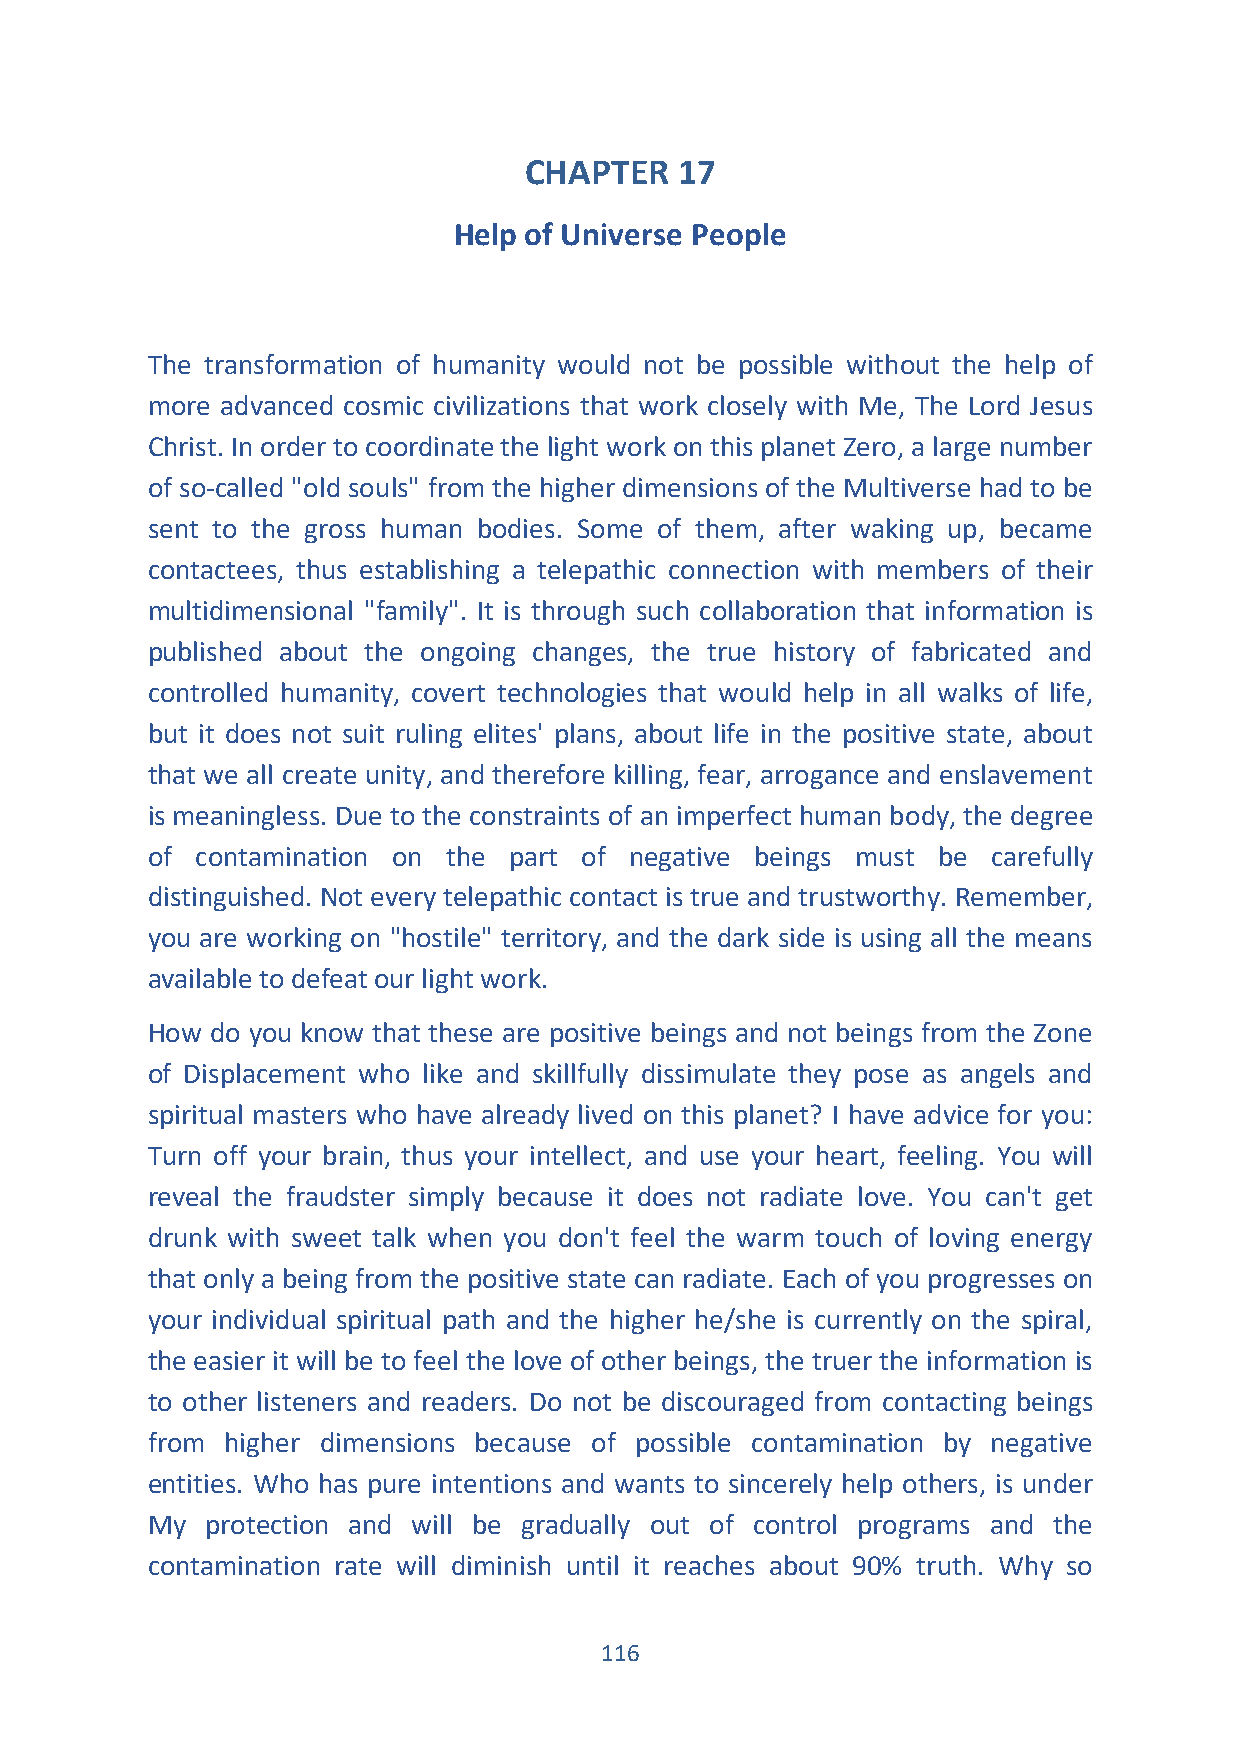
CHAPTER   17
 Help of Universe People
 The transformation of humanity would not be possible without the help of
 more advanced cosmic civilizations that work closely with Me, The Lord Jesus
 Christ. In order to coordinate the light work on this planet Zero, a large number
 of so-called "old souls" from the higher dimensions of the Multiverse had to be
 sent to the gross human bodies. Some of them, after waking up, became
 contactees, thus establishing a telepathic connection with members of their
 multidimensional "family". It is through such collaboration that information is
 published about the ongoing changes, the true history of fabricated and
 controlled humanity, covert technologies that would help in all walks of life,
 but it does not suit ruling elites' plans, about life in the positive state, about
 that we all create unity, and therefore killing, fear, arrogance and enslavement
 is meaningless. Due to the constraints of an imperfect human body, the degree
 of contamination on the part of negative beings must be carefully
 distinguished. Not every telepathic contact is true and trustworthy. Remember,
 you are working on "hostile" territory, and the dark side is using all the means
 available to defeat our light work.
 How do you know that these are positive beings and not beings from the Zone
 of Displacement who like and skillfully dissimulate they pose as angels and
 spiritual masters who have already lived on this planet? I have advice for you:
 Turn off your brain, thus your intellect, and use your heart, feeling. You will
 reveal the fraudster simply because it does not radiate love. You can't get
 drunk with sweet talk when you don't feel the warm touch of loving energy
 that only a being from the positive state can radiate. Each of you progresses on
 your individual spiritual path and the higher he/she is currently on the spiral,
 the easier it will be to feel the love of other beings, the truer the information is
 to other listeners and readers. Do not be discouraged from contacting beings
 from higher dimensions because of possible contamination by negative
 entities. Who has pure intentions and wants to sincerely help others, is under
 My  protection and will be gradually out of control programs and the
 contamination rate will diminish until it reaches about 90% truth. Why so
 116